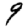
Digit: 9